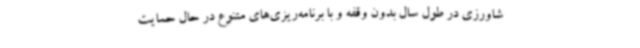
شاورزی در طول سال بدون وقفه و با برنامه‌ریزی‌های متنوع در حال حمایت